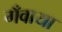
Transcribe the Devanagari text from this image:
गँवाया